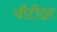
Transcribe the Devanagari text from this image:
चीटीदार